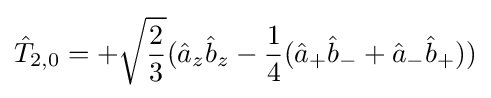
{\hat {T}}_{2,0}=+{\sqrt {\frac {2}{3}}}({\hat {a}}_{z}{\hat {b}}_{z}-{\frac {1}{4}}({\hat {a}}_{+}{\hat {b}}_{-}+{\hat {a}}_{-}{\hat {b}}_{+}))